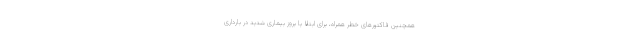
همچنین فاکتورهای خطر همراه، برای ابتلا یا بروز بیماری شدید در بارداری